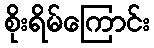
စိုးရိမ်ကြောင်း